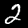
Label: 2